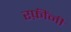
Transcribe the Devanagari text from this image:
रफ़ींनी